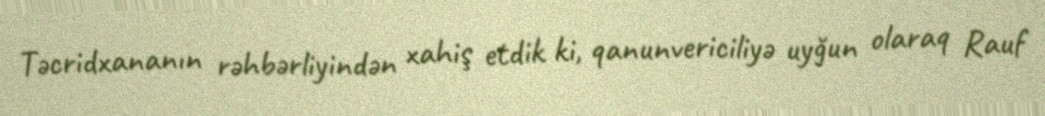
Təcridxananın rəhbərliyindən xahiş etdik ki, qanunvericiliyə uyğun olaraq Rauf